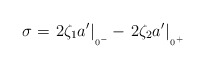
\begin{align*}\sigma = \left.2 \zeta_{1} a'\right|{\mbox{\raisebox{-1.2ex}{{\tiny{$\!0^{-}$}}}}}- \left.2 \zeta_{2} a'\right|{\mbox{\raisebox{-1.2ex}{{\tiny{$\!0^{+}$}}}}}\end{align*}